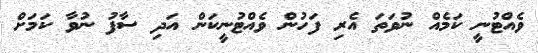
ވެއްޓުނީ ކަމެއް ނުވަތަ އެރި ފަހުން ވެއްޓުނީކަން އަދި ސާފު ނުވާ ކަމަށް